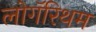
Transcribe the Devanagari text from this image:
लोगॅरिथम